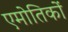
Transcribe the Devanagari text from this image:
एमोतिकों